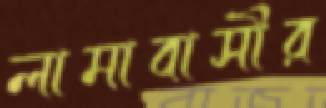
লামাবাসীর